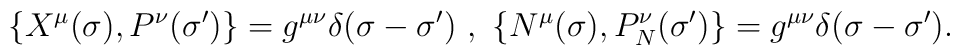
\{X^{\mu}(\sigma),P^{\nu}(\sigma')\}=g^{\mu\nu}\delta(\sigma-\sigma')~,~\{N^{\mu}(\sigma),P_N^{\nu}(\sigma')\}=g^{\mu\nu}\delta(\sigma-\sigma').